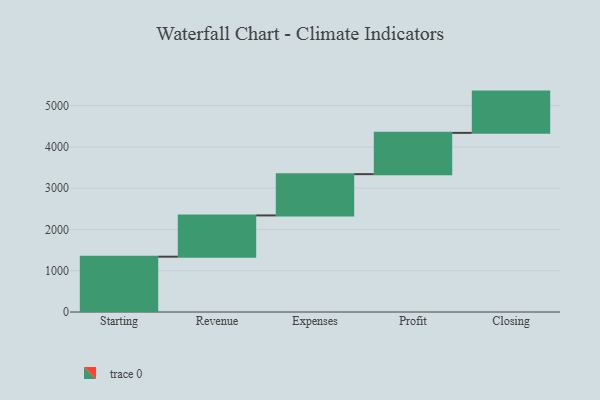
{"axis": {"x": "Step", "y": "Value"}, "legend": [""], "data": [{"x": "Starting", "y": 1340.0, "type": ""}, {"x": "Revenue", "y": 1000, "type": ""}, {"x": "Expenses", "y": 1000, "type": ""}, {"x": "Profit", "y": 1000, "type": ""}, {"x": "Closing", "y": 1000, "type": ""}]}